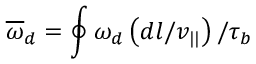
\overline { { \omega } } _ { d } = \oint \omega _ { d } \left( d l / v _ { | | } \right) / \tau _ { b }